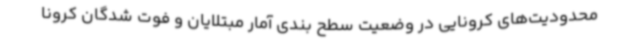
محدودیت‌های کرونایی در وضعیت سطح بندی آمار مبتلایان و فوت شدگان کرونا